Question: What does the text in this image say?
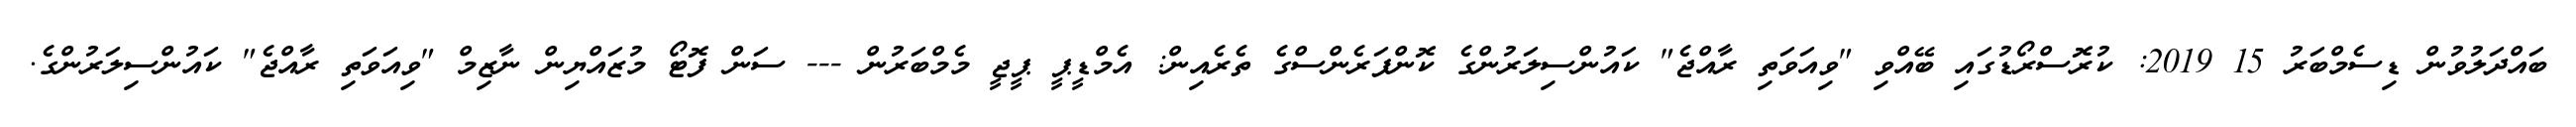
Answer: ބައްދަލުވުން ޑިސެމްބަރު 15 2019: ކުރޮސްރޯޑުގައި ބޭއްވި "ވިއަވަތި ރާއްޖެ" ކައުންސިލަރުންގެ ކޮންފަރެންސްގެ ތެރެއިން: އެމްޑީޕީ ޕީޖީ މެމްބަރުން --- ސަން ފޮޓޯ މުޒައްޔިން ނާޒިމް "ވިއަވަތި ރާއްޖެ" ކައުންސިލަރުންގެ.